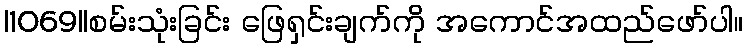
|1069||စမ်းသုံးခြင်း ဖြေရှင်းချက်ကို အကောင်အထည်ဖော်ပါ။